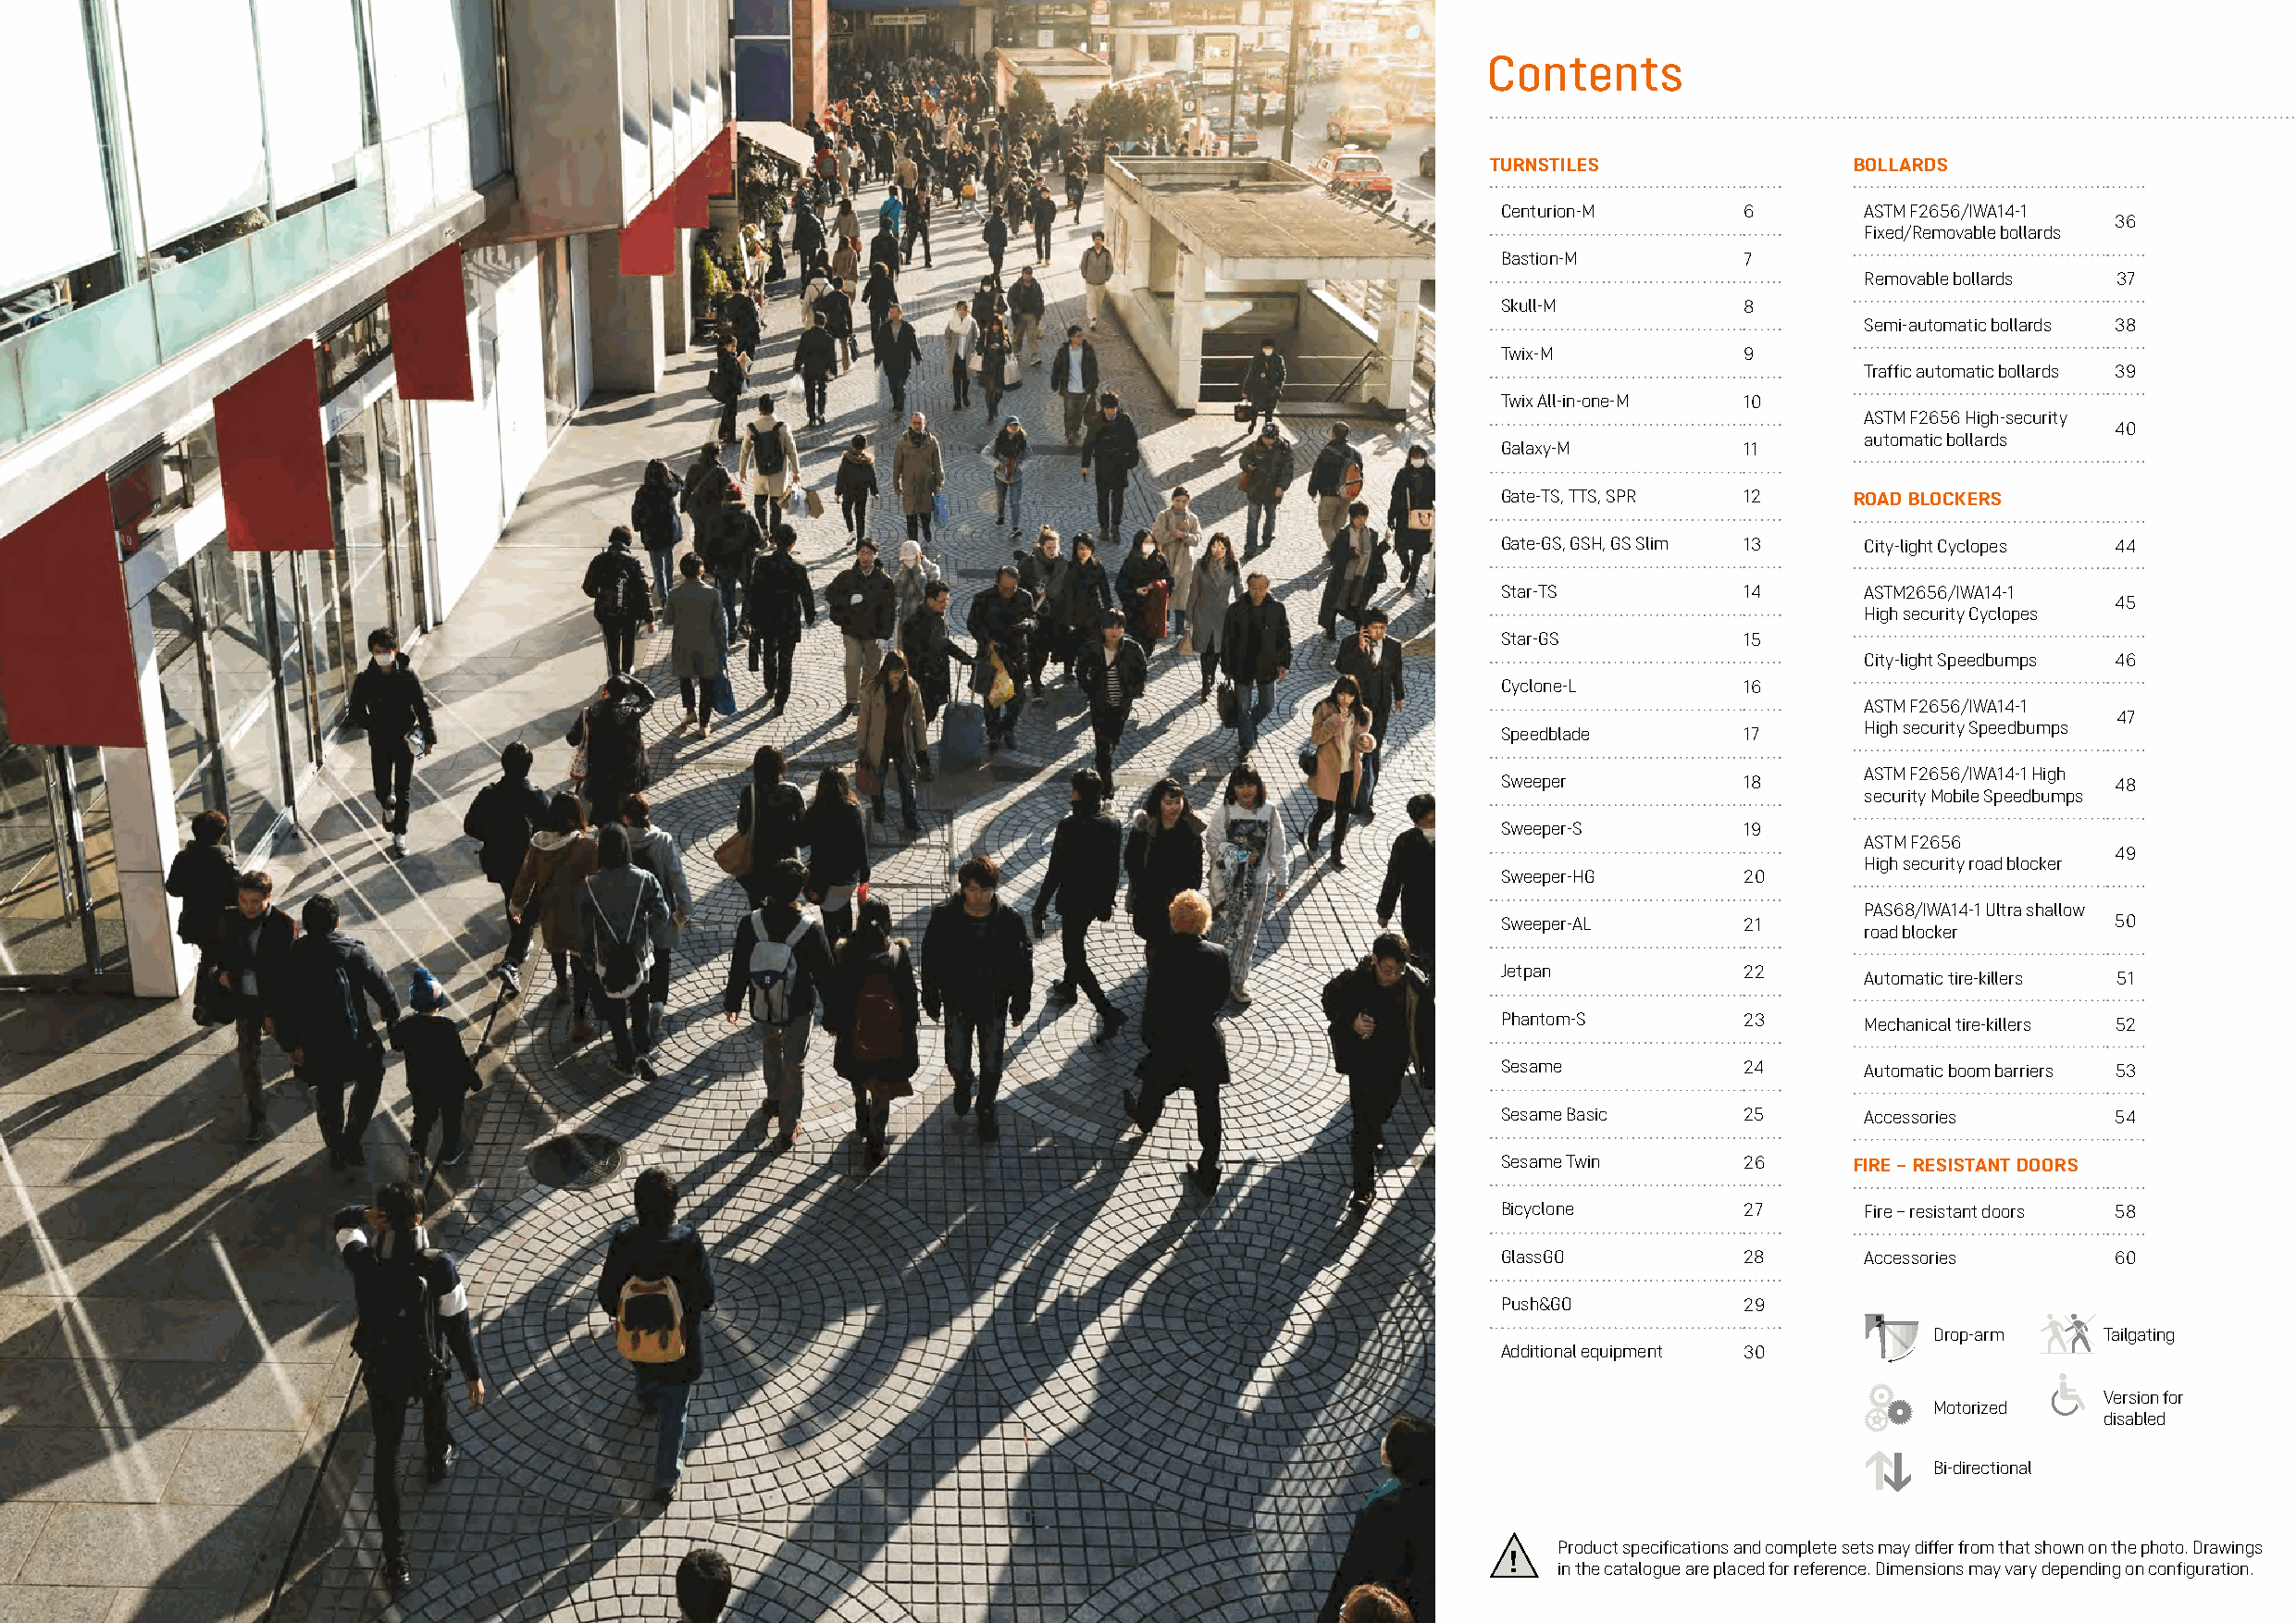
Contents
 TURNSTILES                BOLLARDS
 Centurion-М       6       ASTM F2656/IWA14-1
 36
 Fixed/Removable bollards
 Bastion-М         7
 Removable bollards 37
 Skull-М           8
 Semi-automatic bollards 38
 Twix-М            9
 Traffic automatic bollards 39
 Twix All-in-one-М 10
 ASTM F2656 High-security
 40
 automatic bollards
 Galaxy-М          11
 Gate-TS, TTS, SPR 12      ROAD BLOCKERS
 Gate-GS, GSH, GS Slim 13  Сity-light Cyclopes 44
 Star-TS           14      ASTM2656/IWA14-1
 45
 High security Cyclopes
 Star-GS           15
 City-light Speedbumps 46
 Cyclone-L         16
 ASTM F2656/IWA14-1
 47
 Speedblade        17      High security Speedbumps
 ASTM F2656/IWA14-1 High
 Sweeper           18                        48
 security Мobile Speedbumps
 Sweeper-S         19
 ASTM F2656
 49
 High security road blocker
 Sweeper-HG        20
 PAS68/IWA14-1 Ultra shallow
 Sweeper-AL        21                        50
 road blocker
 Jetpan            22
 Automatic tire-killers 51
 Phantom-S         23      Mechanical tire-killers 52
 Sesame            24      Automatic boom barriers 53
 Sesame Basic      25      Accessories       54
 Sesame Twin       26      FIRE – RESISTANT DOORS
 Bicyclone         27      Fire – resistant doors 58
 GlassGO           28      Accessories       60
 Push&GO           29
 Drop-arm    Tailgating
 Additional equipment 30
 Version for
 Motorized
 disabled
 Bi-directional
 Product specifications and complete sets may differ from that shown on the photo. Drawings
 !
 in the catalogue are placed for reference. Dimensions may vary depending on configuration.